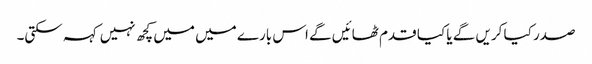
صدر کیا کریں گے یا کیا قدم ٹھائیں گے اس بارے میں میں کچھ نہیں کہہ سکتی۔